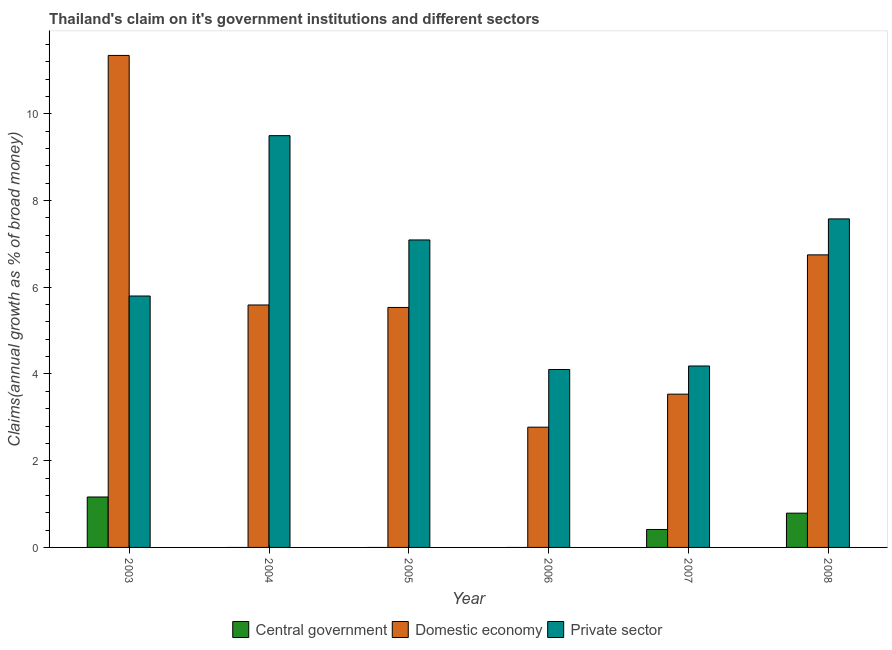
| Year | Central government | Domestic economy | Private sector |
 | --- | --- | --- | --- |
 | 2003 | 1.16 | 11.3 | 5.8 |
 | 2004 | -0.709 | 5.59 | 9.5 |
 | 2005 | -0.538 | 5.53 | 7.09 |
 | 2006 | -1.58 | 2.77 | 4.1 |
 | 2007 | 0.414 | 3.54 | 4.18 |
 | 2008 | 0.79 | 6.75 | 7.58 |